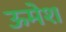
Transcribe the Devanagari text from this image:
ऊमेश